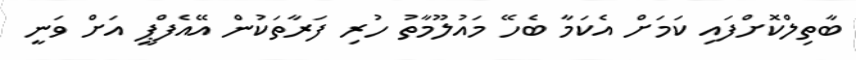
ބާތިލްކޮށްފައި ކަމަށް އެކަމާ ބެހޭ މައުލޫމާތު ހުރި ފަރާތަކުން އޭއެފްޕީ އަށް ވަނީ